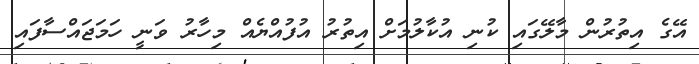
އޭގެ އިތުރުން މާލޭގައި ކުނި އުކާލުމަށް އިތުރު އުފުއްޔެއް މިހާރު ވަނީ ހަމަޖައްސާފައި